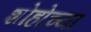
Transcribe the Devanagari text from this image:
शोहोच्या